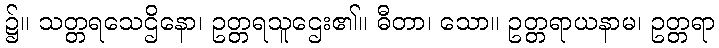
၌။ သတ္တရသေဌိနော၊ ဥတ္တရသူဌေး၏။ ဓီတာ၊ သော။ ဥတ္တရာယနာမ၊ ဥတ္တရာ